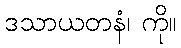
ဒသာယတနံ၊ ကို။